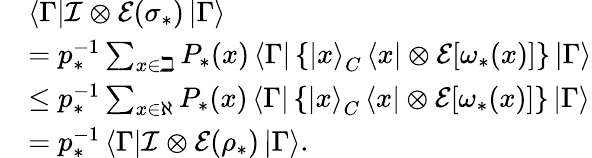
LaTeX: \begin{array}{rl}&{\left\langle\Gamma\right\vert\mathcal{I}\otimes\mathcal{E}(\sigma_{\ast})\left\vert\Gamma\right\rangle}\\ &{=p_{\ast}^{-1}\sum_{x\in\beth}P_{\ast}(x)\left\langle\Gamma\right\vert\left\{ \left\vert x\right\rangle_{C}\left\langle x\right\vert\otimes\mathcal{E}[\omega_{\ast}(x)]\right\} \left\vert\Gamma\right\rangle}\\ &{\leq p_{\ast}^{-1}\sum_{x\in\aleph}P_{\ast}(x)\left\langle\Gamma\right\vert\left\{ \left\vert x\right\rangle_{C}\left\langle x\right\vert\otimes\mathcal{E}[\omega_{\ast}(x)]\right\} \left\vert\Gamma\right\rangle}\\ &{=p_{\ast}^{-1}\left\langle\Gamma\right\vert\mathcal{I}\otimes\mathcal{E}(\rho_{\ast})\left\vert\Gamma\right\rangle.}\end{array}